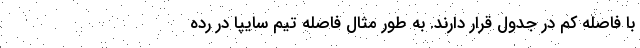
با فاصله کم در جدول قرار دارند. به طور مثال فاصله تیم سایپا در رده